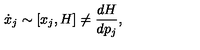
{ \dot { x } _ { j } } \sim [ x _ { j } , H ] \neq { \frac { d H } { d p _ { j } } } ,